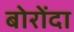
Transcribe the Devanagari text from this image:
बोरोंदा